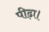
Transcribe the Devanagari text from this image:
पीढ़ा।